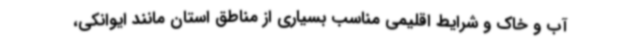
آب و خاک و شرایط اقلیمی مناسب بسیاری از مناطق استان مانند ایوانکی،